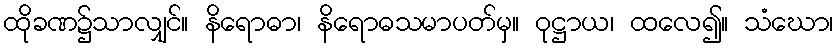
ထိုခဏ၌သာလျှင်။ နိရောဓာ၊ နိရောဓသမာပတ်မှ။ ဝုဋ္ဌာယ၊ ထလေ၍။ သံဃော၊